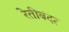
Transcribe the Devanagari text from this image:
रेतीबंदर